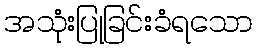
အသုံးပြုခြင်းခံရသော